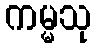
ကမ္မသု